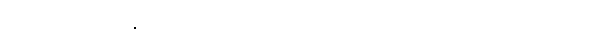
ပူးပေါင်းဆောင်ရွက်နိုင်သည် သတင်းရဲတပ်ဖွဲ့ဘက်မှ လှိုင်သာယာမြို့နယ်က သူတို့ခမျာလည်း